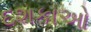
દશકાઓ